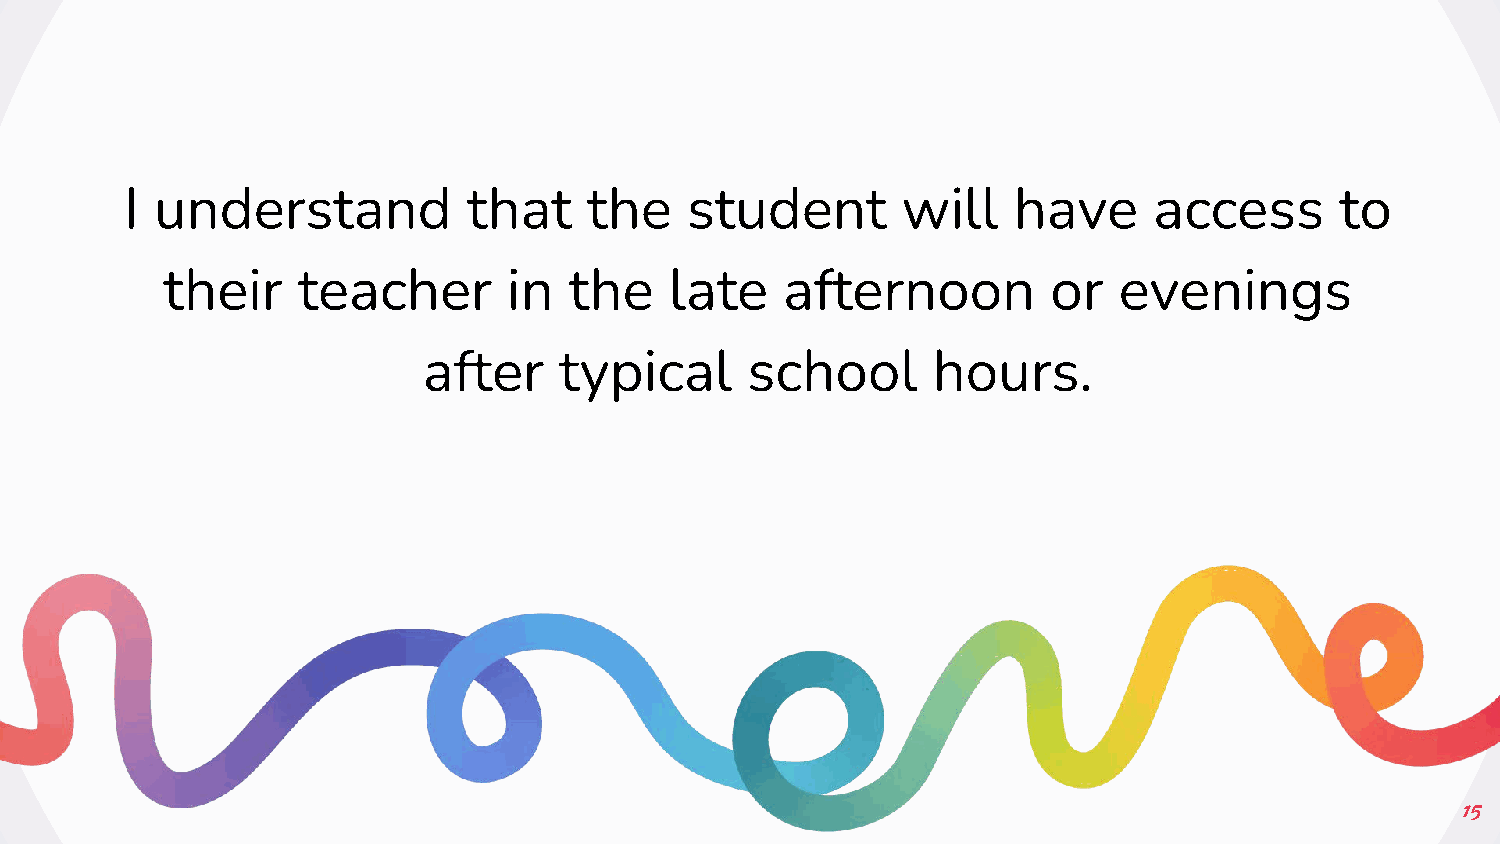
I understand           that    the   student        will   have     access       to
 their    teacher       in  the   late    afternoon         or  evenings
 after    typical     school       hours.
 15